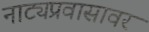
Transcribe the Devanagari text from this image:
नाट्यप्रवासावर